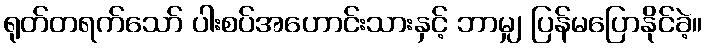
ရုတ်တရက်သော် ပါးစပ်အဟောင်းသားနှင့် ဘာမျှ ပြန်မပြောနိုင်ခဲ့။